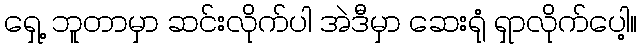
ရှေ့ ဘူတာမှာ ဆင်းလိုက်ပါ အဲဒီမှာ ဆေးရုံ ရှာလိုက်ပေါ့။